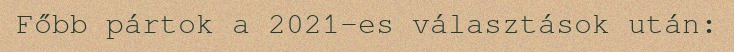
Főbb pártok a 2021-es választások után: